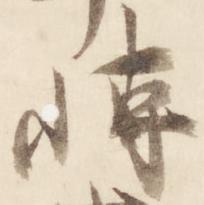
博